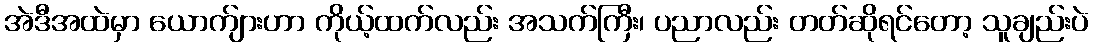
အဲဒီအထဲမှာ ယောက်ျားဟာ ကိုယ့်ထက်လည်း အသက်ကြီး၊ ပညာလည်း တတ်ဆိုရင်တော့ သူချည်းပဲ